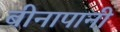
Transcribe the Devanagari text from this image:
बीनापानी